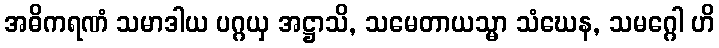
အဓိကရဏံ သမာဒါယ ပဂ္ဂယှ အဋ္ဌာသိ, သမေတာယသ္မာ သံဃေန, သမဂ္ဂေါ ဟိ